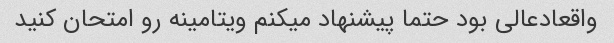
واقعادعالی بود حتما پیشنهاد میکنم ویتامینه رو امتحان کنید